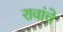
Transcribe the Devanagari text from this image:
रावांचे